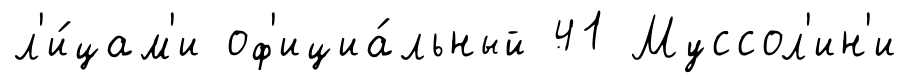
л'и́цам'и оф'ициа́льный 41 Муссол'ин'и